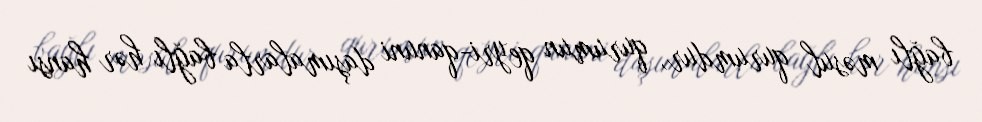
bağlı məsul qurumdur, qurumun qeyri-qanuni daşımalarla bağlı hər hansı